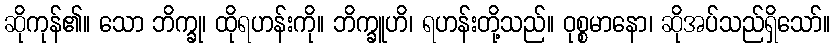
ဆိုကုန်၏။ သော ဘိက္ခု၊ ထိုရဟန်းကို။ ဘိက္ခူဟိ၊ ရဟန်းတို့သည်။ ဝုစ္စမာနော၊ ဆိုအပ်သည်ရှိသော်။